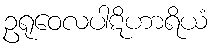
ဥရုဝေလပါဋိဟာရိယံ